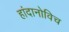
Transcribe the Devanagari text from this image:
हांदानोविच